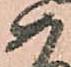
如